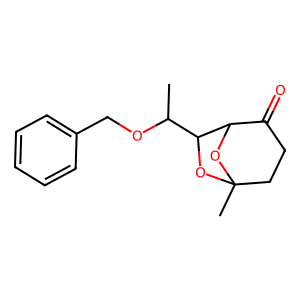
SMILES: CC(OCc1ccccc1)C1OC2(C)CCC(=O)C1O2
Inhibits HIV replication: No